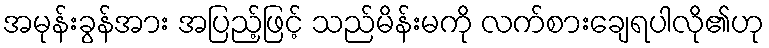
အမုန်းခွန်အား အပြည့်ဖြင့် သည်မိန်းမကို လက်စားချေရပါလို၏ဟု